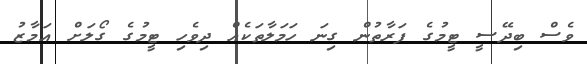
ވެސް ބިދޭސީ ޓީމުގެ ފަރާތުން ގިނަ ހަމަލާތަކެއް ދިވެހި ޓީމުގެ ގޯލަށް އަމާޒު